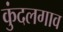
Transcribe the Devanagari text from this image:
कुंदलगाव